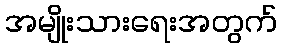
အမျိုးသားရေးအတွက်